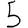
Digit: 5